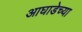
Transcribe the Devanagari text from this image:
आघाडेच्या